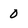
Character: 0